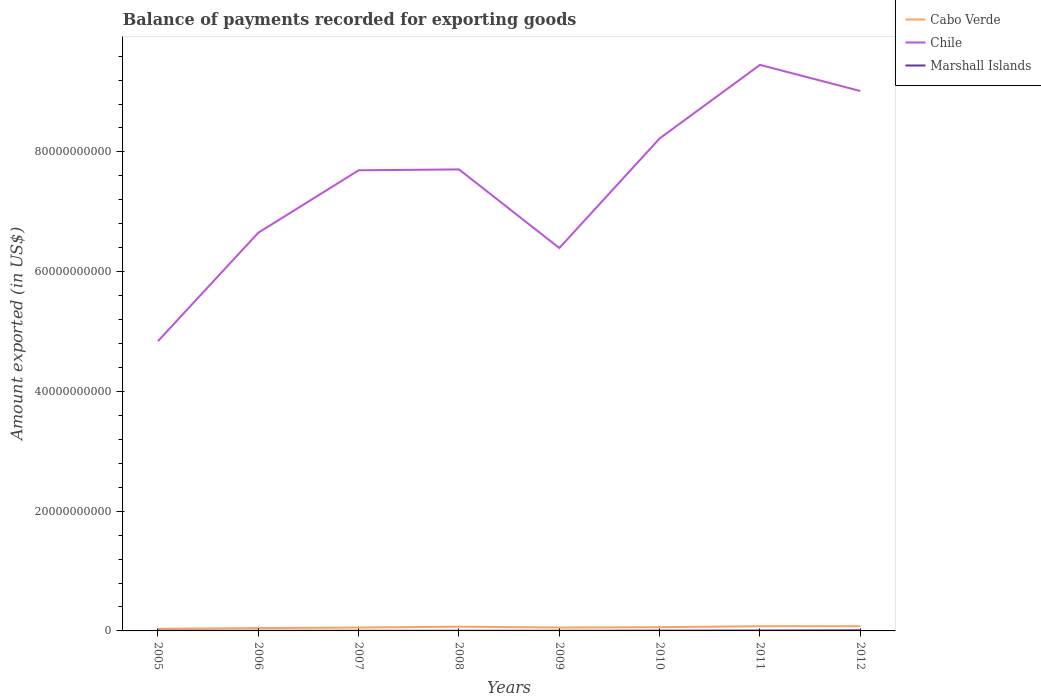
| Years | Cabo Verde | Chile | Marshall Islands |
 | --- | --- | --- | --- |
 | 2005 | 3.54e+08 | 4.84e+10 | 3.33e+07 |
 | 2006 | 4.72e+08 | 6.65e+10 | 2.77e+07 |
 | 2007 | 5.66e+08 | 7.69e+10 | 2.77e+07 |
 | 2008 | 7.1e+08 | 7.71e+10 | 2.98e+07 |
 | 2009 | 5.67e+08 | 6.4e+10 | 3.09e+07 |
 | 2010 | 6.3e+08 | 8.23e+10 | 5e+07 |
 | 2011 | 7.82e+08 | 9.45e+10 | 7.13e+07 |
 | 2012 | 7.84e+08 | 9.02e+10 | 1.09e+08 |